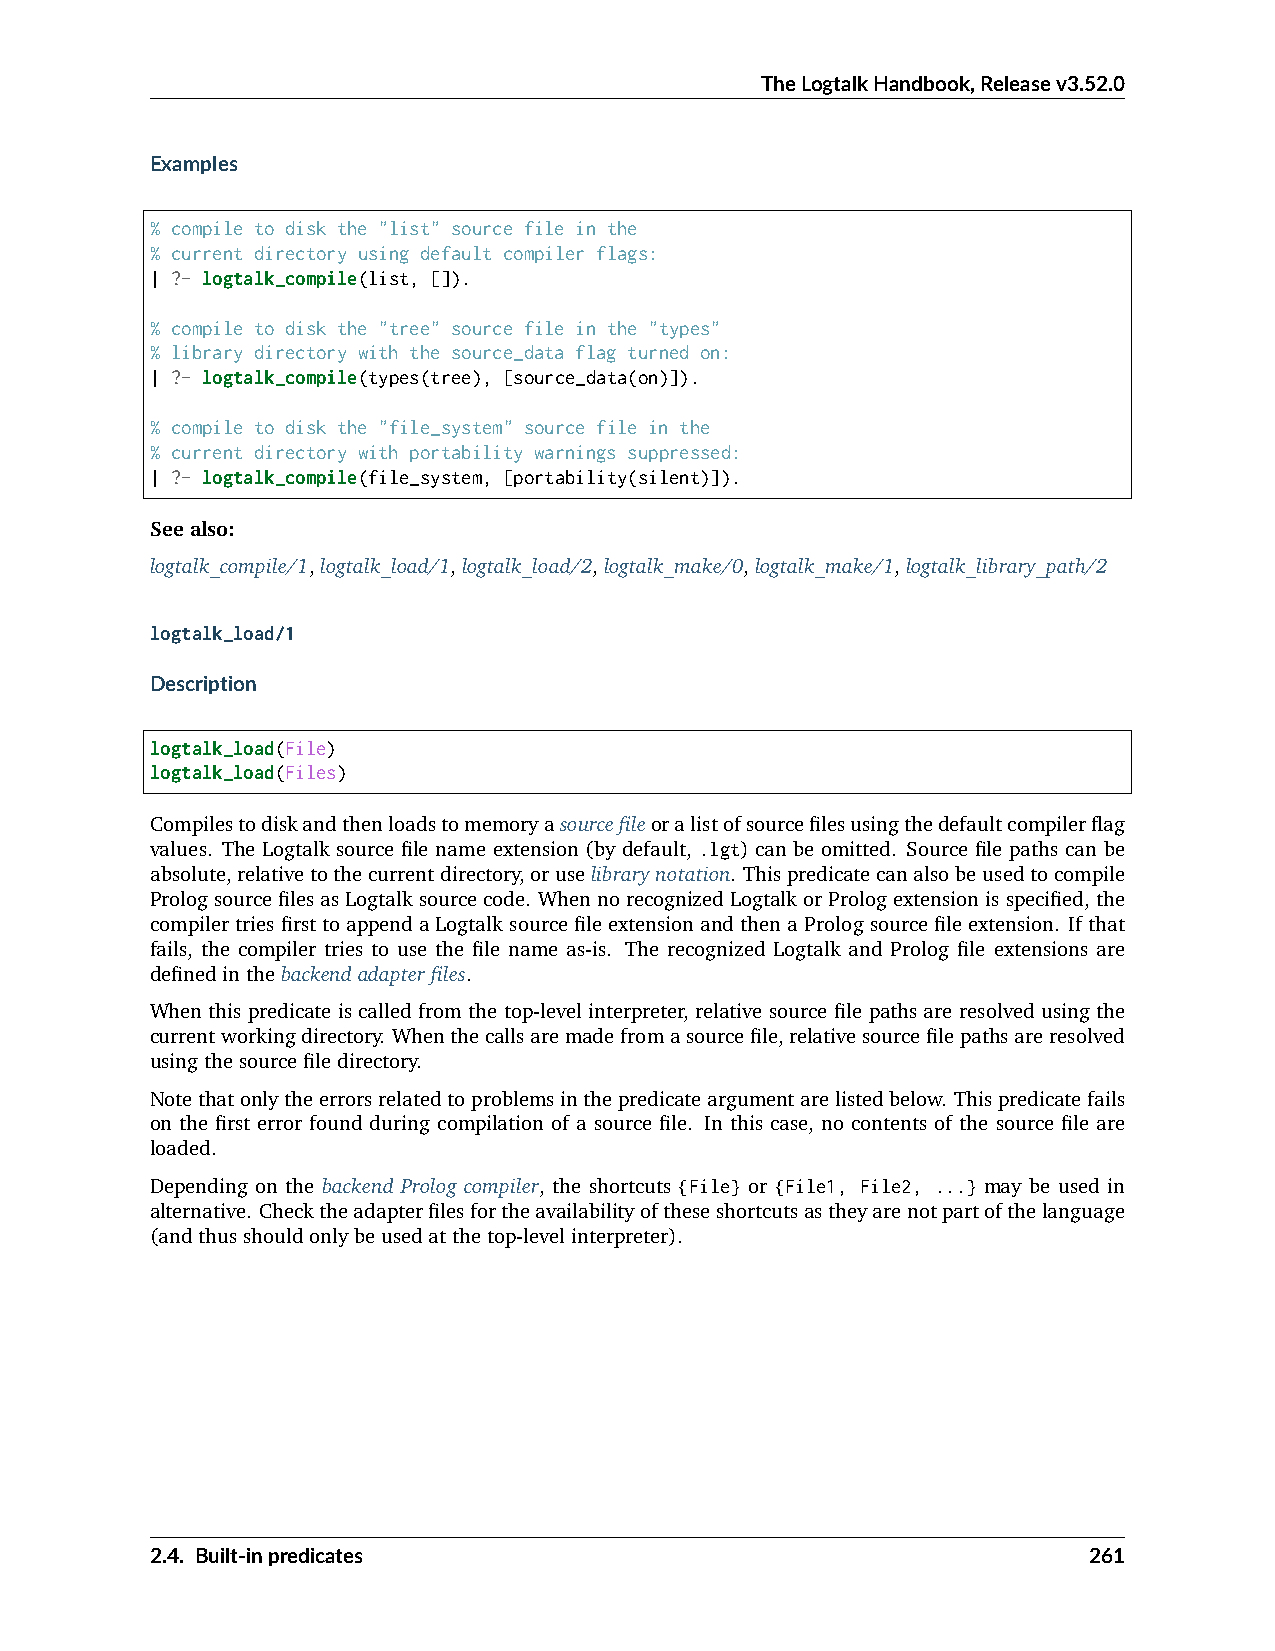
TheLogtalkHandbook,Releasev3.52.0
 Examples
 % compile to disk the "list" source file in the
 % current directory using default compiler flags:
 | ?- logtalk_compile(list, []).
 % compile to disk the "tree" source file in the "types"
 % library directory with the source_data flag turned on:
 | ?- logtalk_compile(types(tree), [source_data(on)]).
 % compile to disk the "file_system" source file in the
 % current directory with portability warnings suppressed:
 | ?- logtalk_compile(file_system, [portability(silent)]).
 Seealso:
 logtalk_compile/1,logtalk_load/1,logtalk_load/2,logtalk_make/0,logtalk_make/1,logtalk_library_path/2
 logtalk_load/1
 Description
 logtalk_load(File)
 logtalk_load(Files)
 Compilestodiskandthenloadstomemoryasourcefileoralistofsourcefilesusingthedefaultcompilerflag
 values. The Logtalk source file name extension (by default, .lgt) can be omitted. Source file paths can be
 absolute,relativetothecurrentdirectory,oruselibrarynotation. Thispredicatecanalsobeusedtocompile
 PrologsourcefilesasLogtalksourcecode. WhennorecognizedLogtalkorPrologextensionisspecified,the
 compilertriesfirsttoappendaLogtalksourcefileextensionandthenaPrologsourcefileextension. Ifthat
 fails, the compiler tries to use the file name as-is. The recognized Logtalk and Prolog file extensions are
 definedinthebackendadapterfiles.
 When this predicate is called from the top-level interpreter, relative source file paths are resolved using the
 currentworkingdirectory. Whenthecallsaremadefromasourcefile,relativesourcefilepathsareresolved
 usingthesourcefiledirectory.
 Notethatonlytheerrorsrelatedtoproblemsinthepredicateargumentarelistedbelow. Thispredicatefails
 on the first error found during compilation of a source file. In this case, no contents of the source file are
 loaded.
 Depending on the backend Prolog compiler, the shortcuts {File} or {File1, File2, ...} may be used in
 alternative. Checktheadapterfilesfortheavailabilityoftheseshortcutsastheyarenotpartofthelanguage
 (andthusshouldonlybeusedatthetop-levelinterpreter).
 2.4. Built-inpredicates                                       261